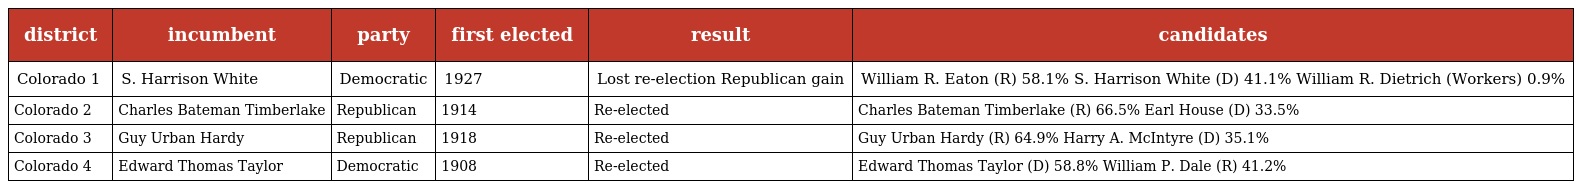
| district | incumbent | party | first elected | result | candidates |
 | --- | --- | --- | --- | --- | --- |
 | Colorado 1 | S. Harrison White | Democratic | 1927 | Lost re-election Republican gain | William R. Eaton (R) 58.1% S. Harrison White (D) 41.1% William R. Dietrich (Workers) 0.9% |
 | Colorado 2 | Charles Bateman Timberlake | Republican | 1914 | Re-elected | Charles Bateman Timberlake (R) 66.5% Earl House (D) 33.5% |
 | Colorado 3 | Guy Urban Hardy | Republican | 1918 | Re-elected | Guy Urban Hardy (R) 64.9% Harry A. McIntyre (D) 35.1% |
 | Colorado 4 | Edward Thomas Taylor | Democratic | 1908 | Re-elected | Edward Thomas Taylor (D) 58.8% William P. Dale (R) 41.2% |